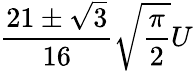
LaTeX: \frac{21\pm\sqrt{3}}{16}\sqrt{\frac{\pi}{2}}U